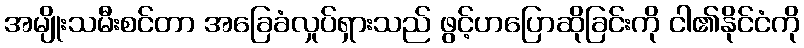
အမျိုးသမီးစင်တာ အခြေခံလှုပ်ရှားသည် ဖွင့်ဟပြောဆိုခြင်းကို ငါ၏နိုင်ငံကို